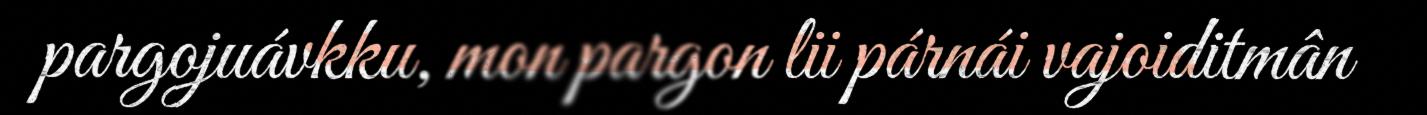
pargojuávkku, mon pargon lii párnái vajoiditmân